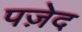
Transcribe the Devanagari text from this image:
पज़ेद